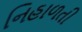
નિહાળતી